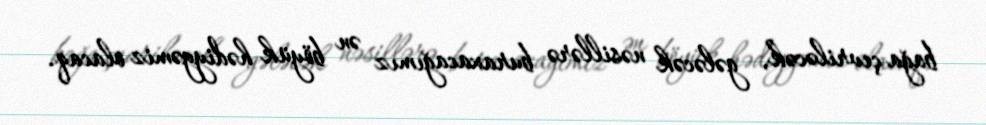
bağa çevriləcək, gələcək nəsillərə buraxacağımız ən böyük hədiyyəmiz olacaq.